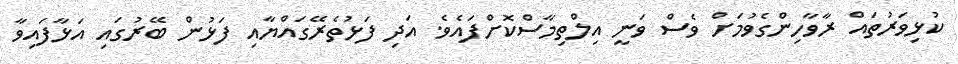
ކުޅިވަރުތައް ރާވާހިންގެވުމަށް ވެސް ވަނީ އިލްތިމާސްކޮށްފައެވެ. އަދި ފަޅުތެރޭގައްޔާއި ފަޅުން ބޭރުގައި އަޅާފައިވާ